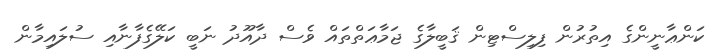
ކަންޢާނީންގެ އިތުރުން ފިލިސްޓިން ޤަބީލާގެ ޖަމާޢަތްތައް ވެސް ދާއޫދު ނަބީ ކަލޭގެފާނާއި ސުލައިމާން